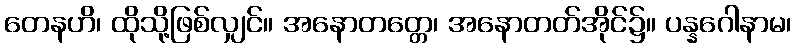
တေနဟိ၊ ထိုသို့ဖြစ်လျှင်။ အနောတတ္တေ၊ အနောတတ်အိုင်၌။ ပန္နဂေါနာမ၊